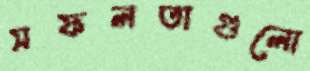
সফলতাগুলো